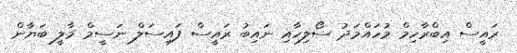
ރައީސް އިބްރާހިމް މުހައްމަދު ސޯލިހާއި ނައިބު ރައީސް ފައިސަލް ނަސީމް މާލީ ބަޔާން